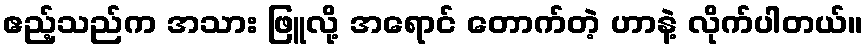
ဧည့်သည်က အသား ဖြူလို့ အရောင် တောက်တဲ့ ဟာနဲ့ လိုက်ပါတယ်။